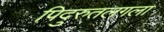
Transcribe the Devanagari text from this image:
पिदुरुतलगला